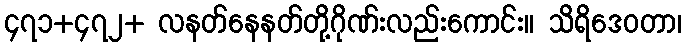
၄၇၁+၄၇၂+ လနတ်နေနတ်တို့ဂိုဏ်းလည်းကောင်း။ သိရိဒေဝတာ၊